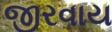
જીરવાય